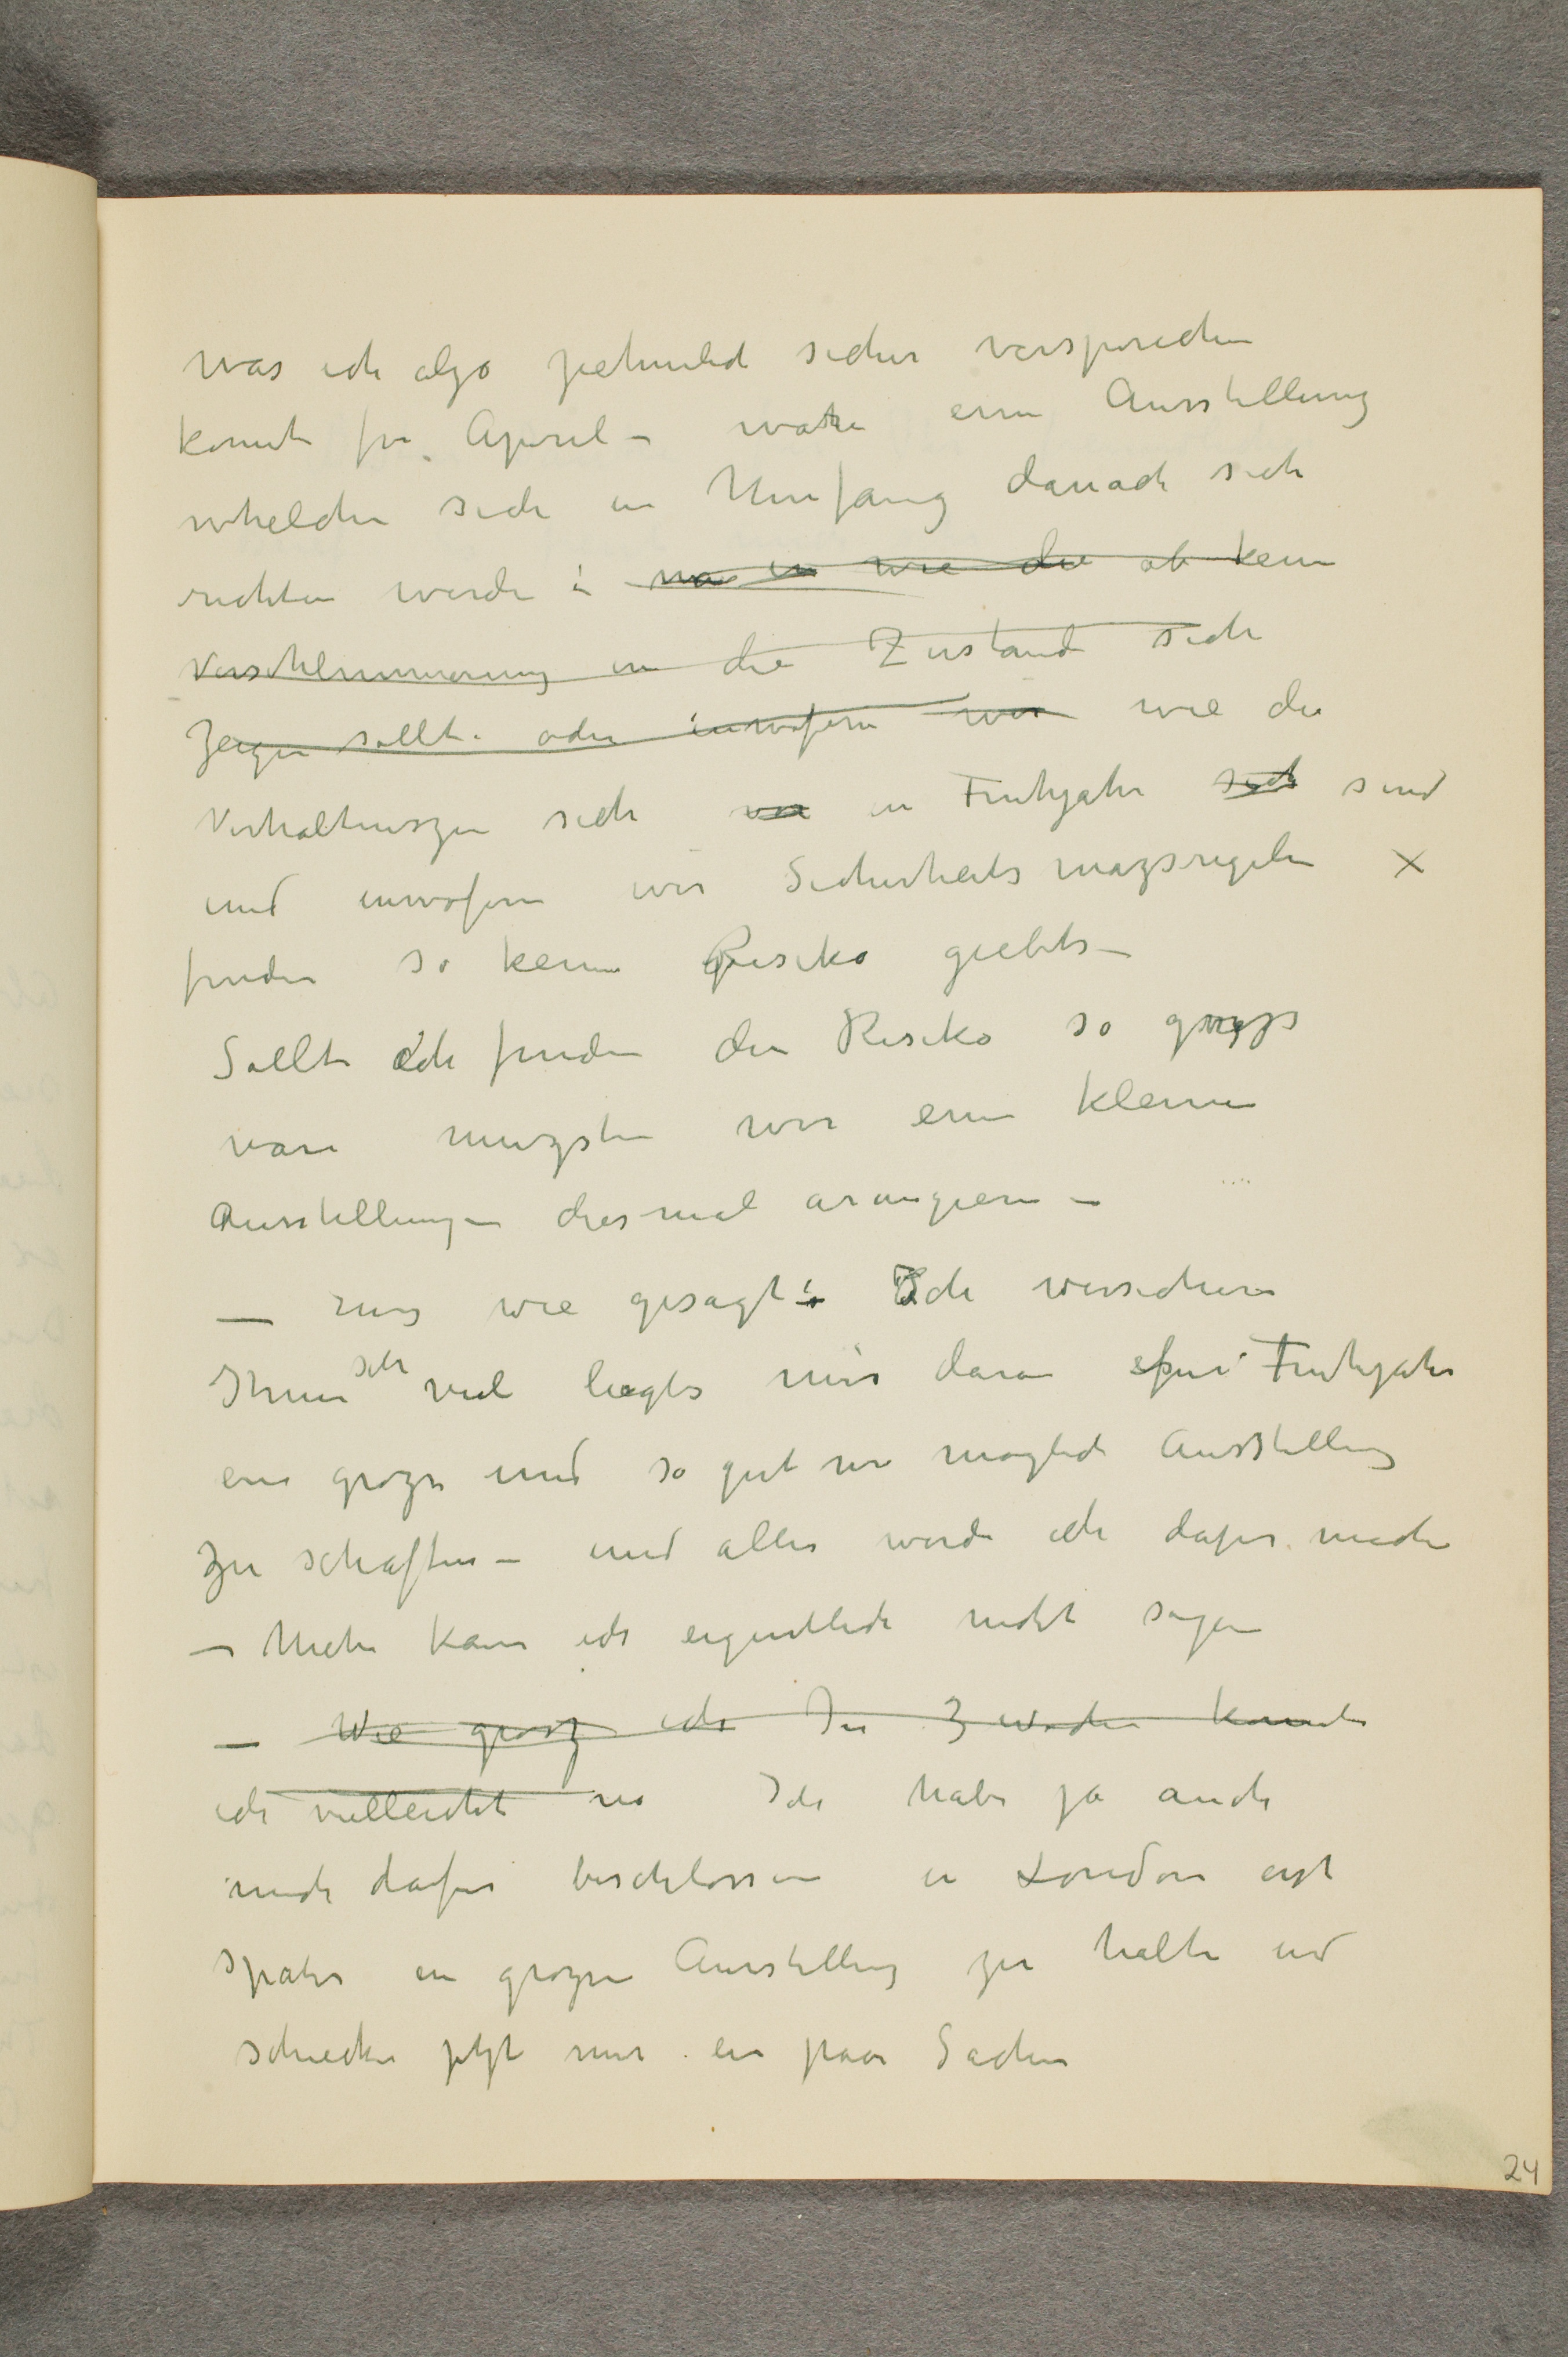
was ich alzo pehmlich sicher versperichen
konnt frr April – ware eine Ausstellung
whelche sich in Umfang danach sich
richten werde i må en mie det ab kenn
versehlimmerunng in die 2 ustand sich
Jergen sollt oder innofern wer wie der
Verhaltunszen sich u in Finhjahr soc sind
und enwofere wer Sicherheitsmazsrigelse
finden so keine Fesiko giebts –
Sollt dch finden den Risiko så goyp
bare muzsten wir eine kleine
Ausstellung – diesmal arangiere –
– Eis wie gesagt Ich wersicher
Ihne vil liegts mer daran fur Fintjahr
ein grozs med så gut ni moglech Ausstilling
zu schaften - und alles werde ich dapir mache
– Miche kan ids eigentlic nicht sagen
- Wie geoz ich Iu 3eg woden kunnte
ice villeicht res Ich habe ja auch
mich dafr beschlossen er London erst
Spater en grøpe Aurstilling zu halte ud
Schiecker ptjt mir enn paar Sachen